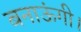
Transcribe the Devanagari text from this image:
बनाऊंगी।